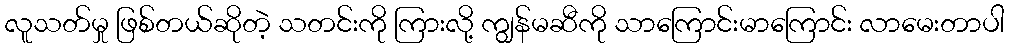
လူသတ်မှု ဖြစ်တယ်ဆိုတဲ့ သတင်းကို ကြားလို့ ကျွန်မဆီကို သာကြောင်းမာကြောင်း လာမေးတာပါ